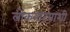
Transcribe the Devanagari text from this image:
लोकनाटयाशी